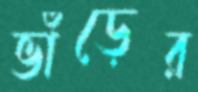
ভাঁড়ের